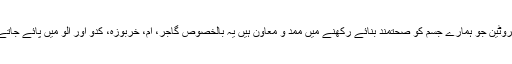
بیٹاکیروٹین جو ہمارے جسم کو صحتمند بنائے رکھنے میں ممد و معاون ہیں یہ بالخصوص گاجر، آم، خربوزہ، کدو اور آلو میں پائے جاتے ہیں۔